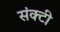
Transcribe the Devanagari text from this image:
संक्टी